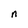
Character: n